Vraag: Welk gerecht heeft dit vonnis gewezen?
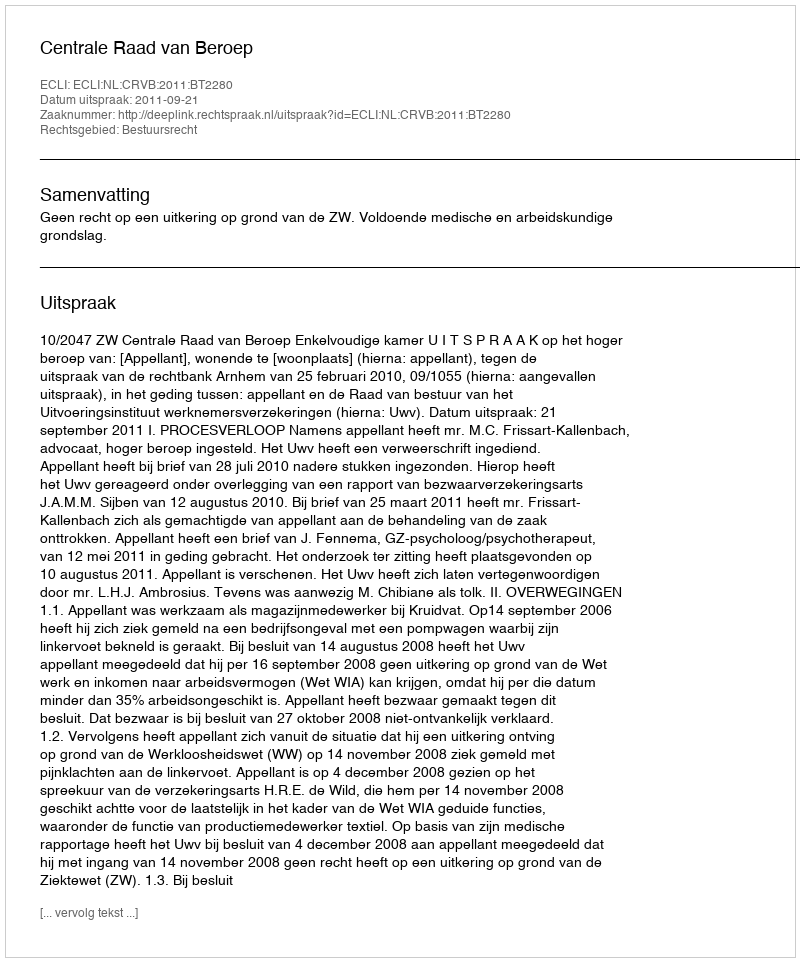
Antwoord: Centrale Raad van Beroep